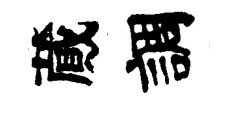
蕆調